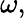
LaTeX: \omega,